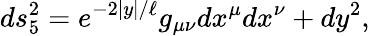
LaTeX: ds_{5}^{2}=e^{-2|y|/\ell}g_{\mu\nu}dx^{\mu}dx^{\nu}+dy^{2},